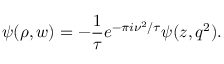
\psi ( \rho , w ) = - { \frac { 1 } { \tau } } e ^ { - \pi i \nu ^ { 2 } / \tau } \psi ( z , q ^ { 2 } ) .